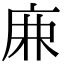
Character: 𢈘